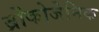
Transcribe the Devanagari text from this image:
ब्रोंकोजेनिक